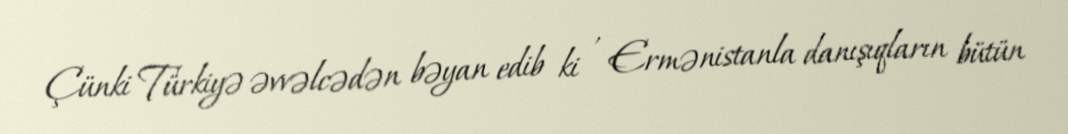
Çünki Türkiyə əvvəlcədən bəyan edib ki , Ermənistanla danışıqların bütün